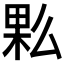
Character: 𰗩